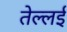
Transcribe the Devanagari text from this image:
तेल्लई